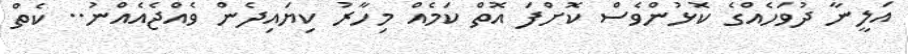
އަލީނާ ދުވަހެއްގެ ކޮޅުންވެސް ކޮށްފަ އޮތް ކަމެއް މިހާރު ކިޔައިދެން ވެއްޖެއެއްނު.. ކެތް